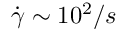
\dot { \gamma } \sim 1 0 ^ { 2 } / s